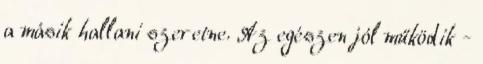
a másik hallani szeretne. Az egészen jól működik -